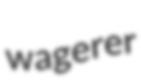
wagerer